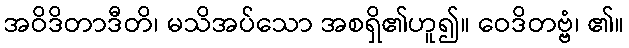
အဝိဒိတာဒီတိ၊ မသိအပ်သော အစရှိ၏ဟူ၍။ ဝေဒိတဗ္ဗံ၊ ၏။